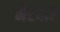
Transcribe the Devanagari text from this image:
नैटवार